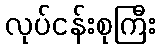
လုပ်ငန်းစုကြီး